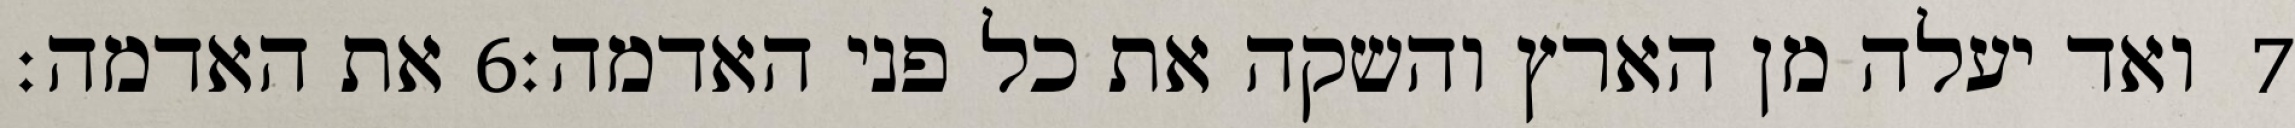
את האדמה׃ ‎6‏ ואד יעלה מן הארץ והשקה את כל פני האדמה׃ ‎7‏